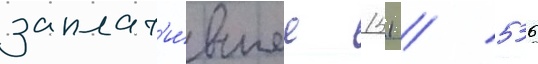
заплат'и́вшее 151 / 536